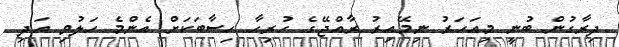
ދިރާގުން ބުނީ މިއަހަރު ނިމޭއިރު ރާއްޖޭގެ ހުރިހާ ހިސާބަކަށް އެންމެ ހަލުވި އަދި